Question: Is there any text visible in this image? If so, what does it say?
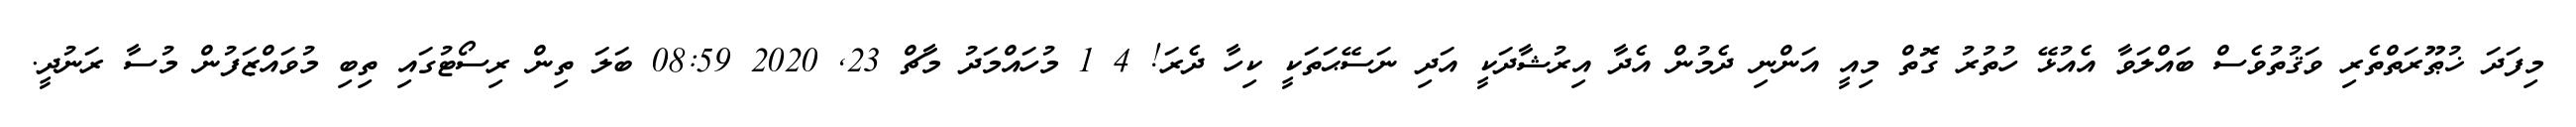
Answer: މިފަދަ ޚުޠޫރަތްތެރި ވަޤުތުވެސް ބައްލަވާ އެއުޅޭ ހުތުރު ގޮތް މިއީ އަންނި ދެމުން އެދާ އިރުޝާދަކީ އަދި ނަސޭޙަތަކީ ކިހާ ދެރަ! 4 1 މުހައްމަދު މާޗް 23, 2020 08:59 ބަލަ ތިން ރިސޯޓުގައި ތިބި މުވައްޒަފުން މުސާ ރަނުދީ.